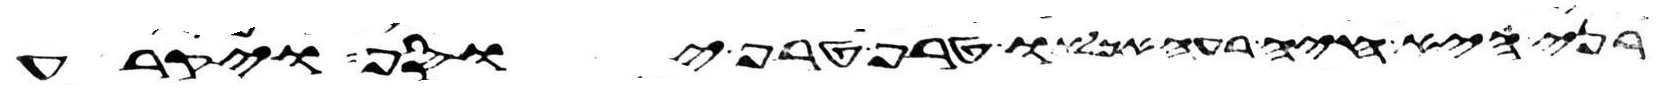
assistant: בני היא חיה רעה אכלתו טרף טרף יוסף ויקרע